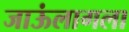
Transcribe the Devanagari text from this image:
जाऊंलागला